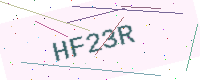
Text: HF23R